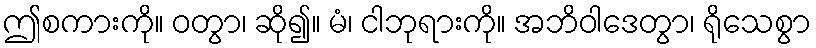
ဤစကားကို။ ဝတွာ၊ ဆို၍။ မံ၊ ငါဘုရားကို။ အဘိဝါဒေတွာ၊ ရိုသေစွာ